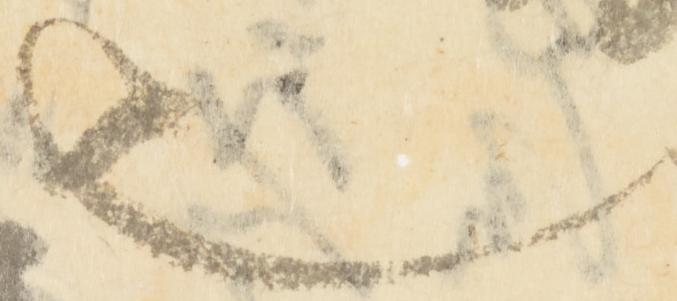
也